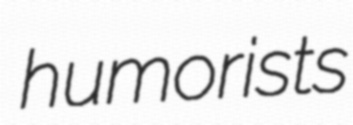
humorists